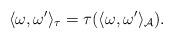
LaTeX: \begin{gather*}\langle\omega, \omega'\rangle_\tau=\tau(\langle\omega, \omega'\rangle_{\mathcal A}).\end{gather*}